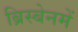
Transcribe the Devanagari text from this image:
ब्रिस्बेनमें